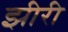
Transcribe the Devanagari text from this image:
झीरी